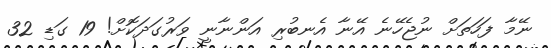
ނޭމާ ފަހަތަށް ނުޖެހޭނެ އޭނާ އެނބުރި އަންނާނީ ވަރުގަދަކޮށް! 19 ގަޑި 32